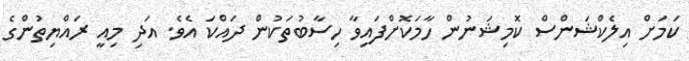
ކަމަށް އިލެކްޝަންސް ކޮމިޝަނުން ހާމަކޮށްފައިވާ ހިސާބުތަކުން ދައްކަ އެވެ. އަދި މިއީ ރައްޔިތުންގެ